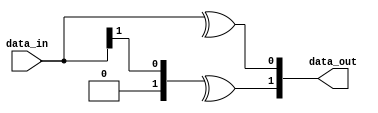
// This program was cloned from: https://github.com/intel/aib-phy-hardware
// License: Apache License 2.0

// SPDX-License-Identifier: Apache-2.0
// Copyright (C) 2019 Intel Corporation. All rights reserved
//------------------------------------------------------------------------
//
// Revision:    $Revision: #1 $
//------------------------------------------------------------------------

module cdclib_graytobin
   #(
      parameter WIDTH           = 2 // Data width 
    )
   (
   // Inputs
   input  wire [WIDTH-1:0]  data_in,       // data in
   // Outputs
   output wire  [WIDTH-1:0]  data_out       // data out
   );


   genvar                      i;
   
   generate
      for (i = 0; i <= WIDTH-1; i = i+1) begin: GREY_TO_BIN
        assign data_out[i] = ^(data_in >> i);            
         
      end // block: GRAY_TO_BIN
   endgenerate

endmodule